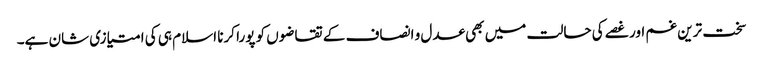
سخت ترین غم اور غصے کی حالت میں بھی عدل و انصاف کے تقاضوں کو پورا کرنا اسلام ہی کی امتیازی شان ہے۔